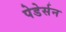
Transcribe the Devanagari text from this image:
पेडेर्सन